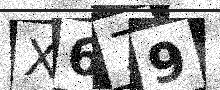
Text: X679